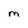
Character: M